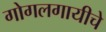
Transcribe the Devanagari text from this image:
गोगलगायीचे